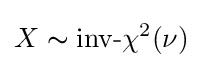
X\thicksim {\text{inv-}}\chi ^{2}(\nu )